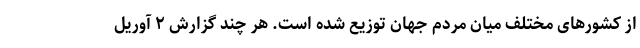
از کشورهای مختلف میان مردم جهان توزیع شده است. هر چند گزارش ۲ آوریل